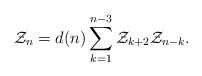
\begin{align*}{\cal Z}_n=d(n)\sum_{k=1}^{n-3}{\cal Z}_{k+2}{\cal Z}_{n-k}.\end{align*}